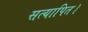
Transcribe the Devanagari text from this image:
सत्यापित।